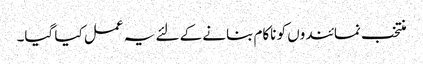
منتخب نمائندوں کو ناکام بنانے کے لئے یہ عمل کیا گیا۔